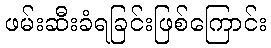
ဖမ်းဆီးခံရခြင်းဖြစ်ကြောင်း